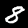
Label: 8